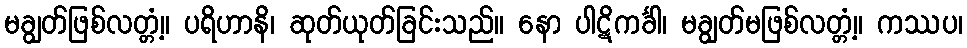
မချွတ်ဖြစ်လတ္တံ့။ ပရိဟာနိ၊ ဆုတ်ယုတ်ခြင်းသည်။ နော ပါဋိကင်္ခါ၊ မချွတ်မဖြစ်လတ္တံ့။ ကဿပ၊